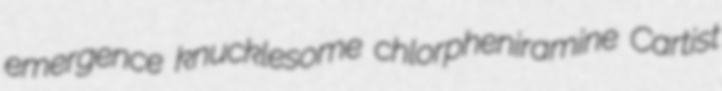
emergence knucklesome chlorpheniramine Cartist